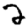
Digit: 2